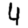
Digit: 4